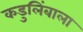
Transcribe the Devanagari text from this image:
कडुलिंबाला